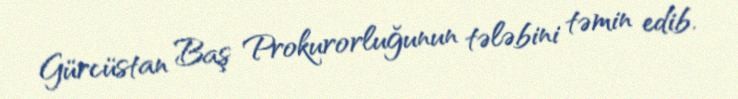
Gürcüstan Baş Prokurorluğunun tələbini təmin edib.